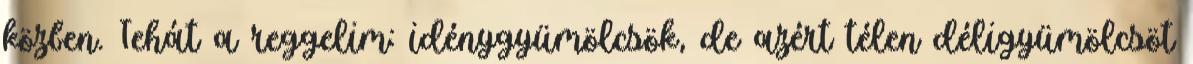
közben. Tehát a reggelim: idénygyümölcsök, de azért télen déligyümölcsöt